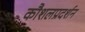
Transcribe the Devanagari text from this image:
कौशलप्रदर्शन